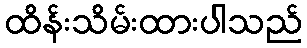
ထိန်းသိမ်းထားပါသည်